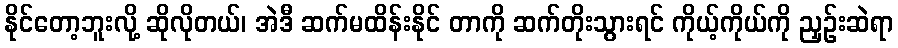
နိုင်တော့ဘူးလို့ ဆိုလိုတယ်၊ အဲဒီ ဆက်မထိန်းနိုင် တာကို ဆက်တိုးသွားရင် ကိုယ့်ကိုယ်ကို ညှဉ်းဆဲရာ